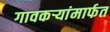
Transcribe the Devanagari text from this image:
गावकऱ्यांमार्फत